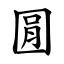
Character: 㘣